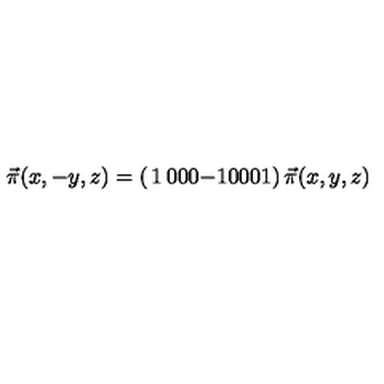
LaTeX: \vec { \pi } ( x , - y , z ) = \left( \begin{matrix} { 1 } & { 0 } & { 0 } \\ { 0 } & { - 1 } & { 0 } \\ { 0 } & { 0 } & { 1 } \\ \end{matrix} \right) \vec { \pi } ( x , y , z )